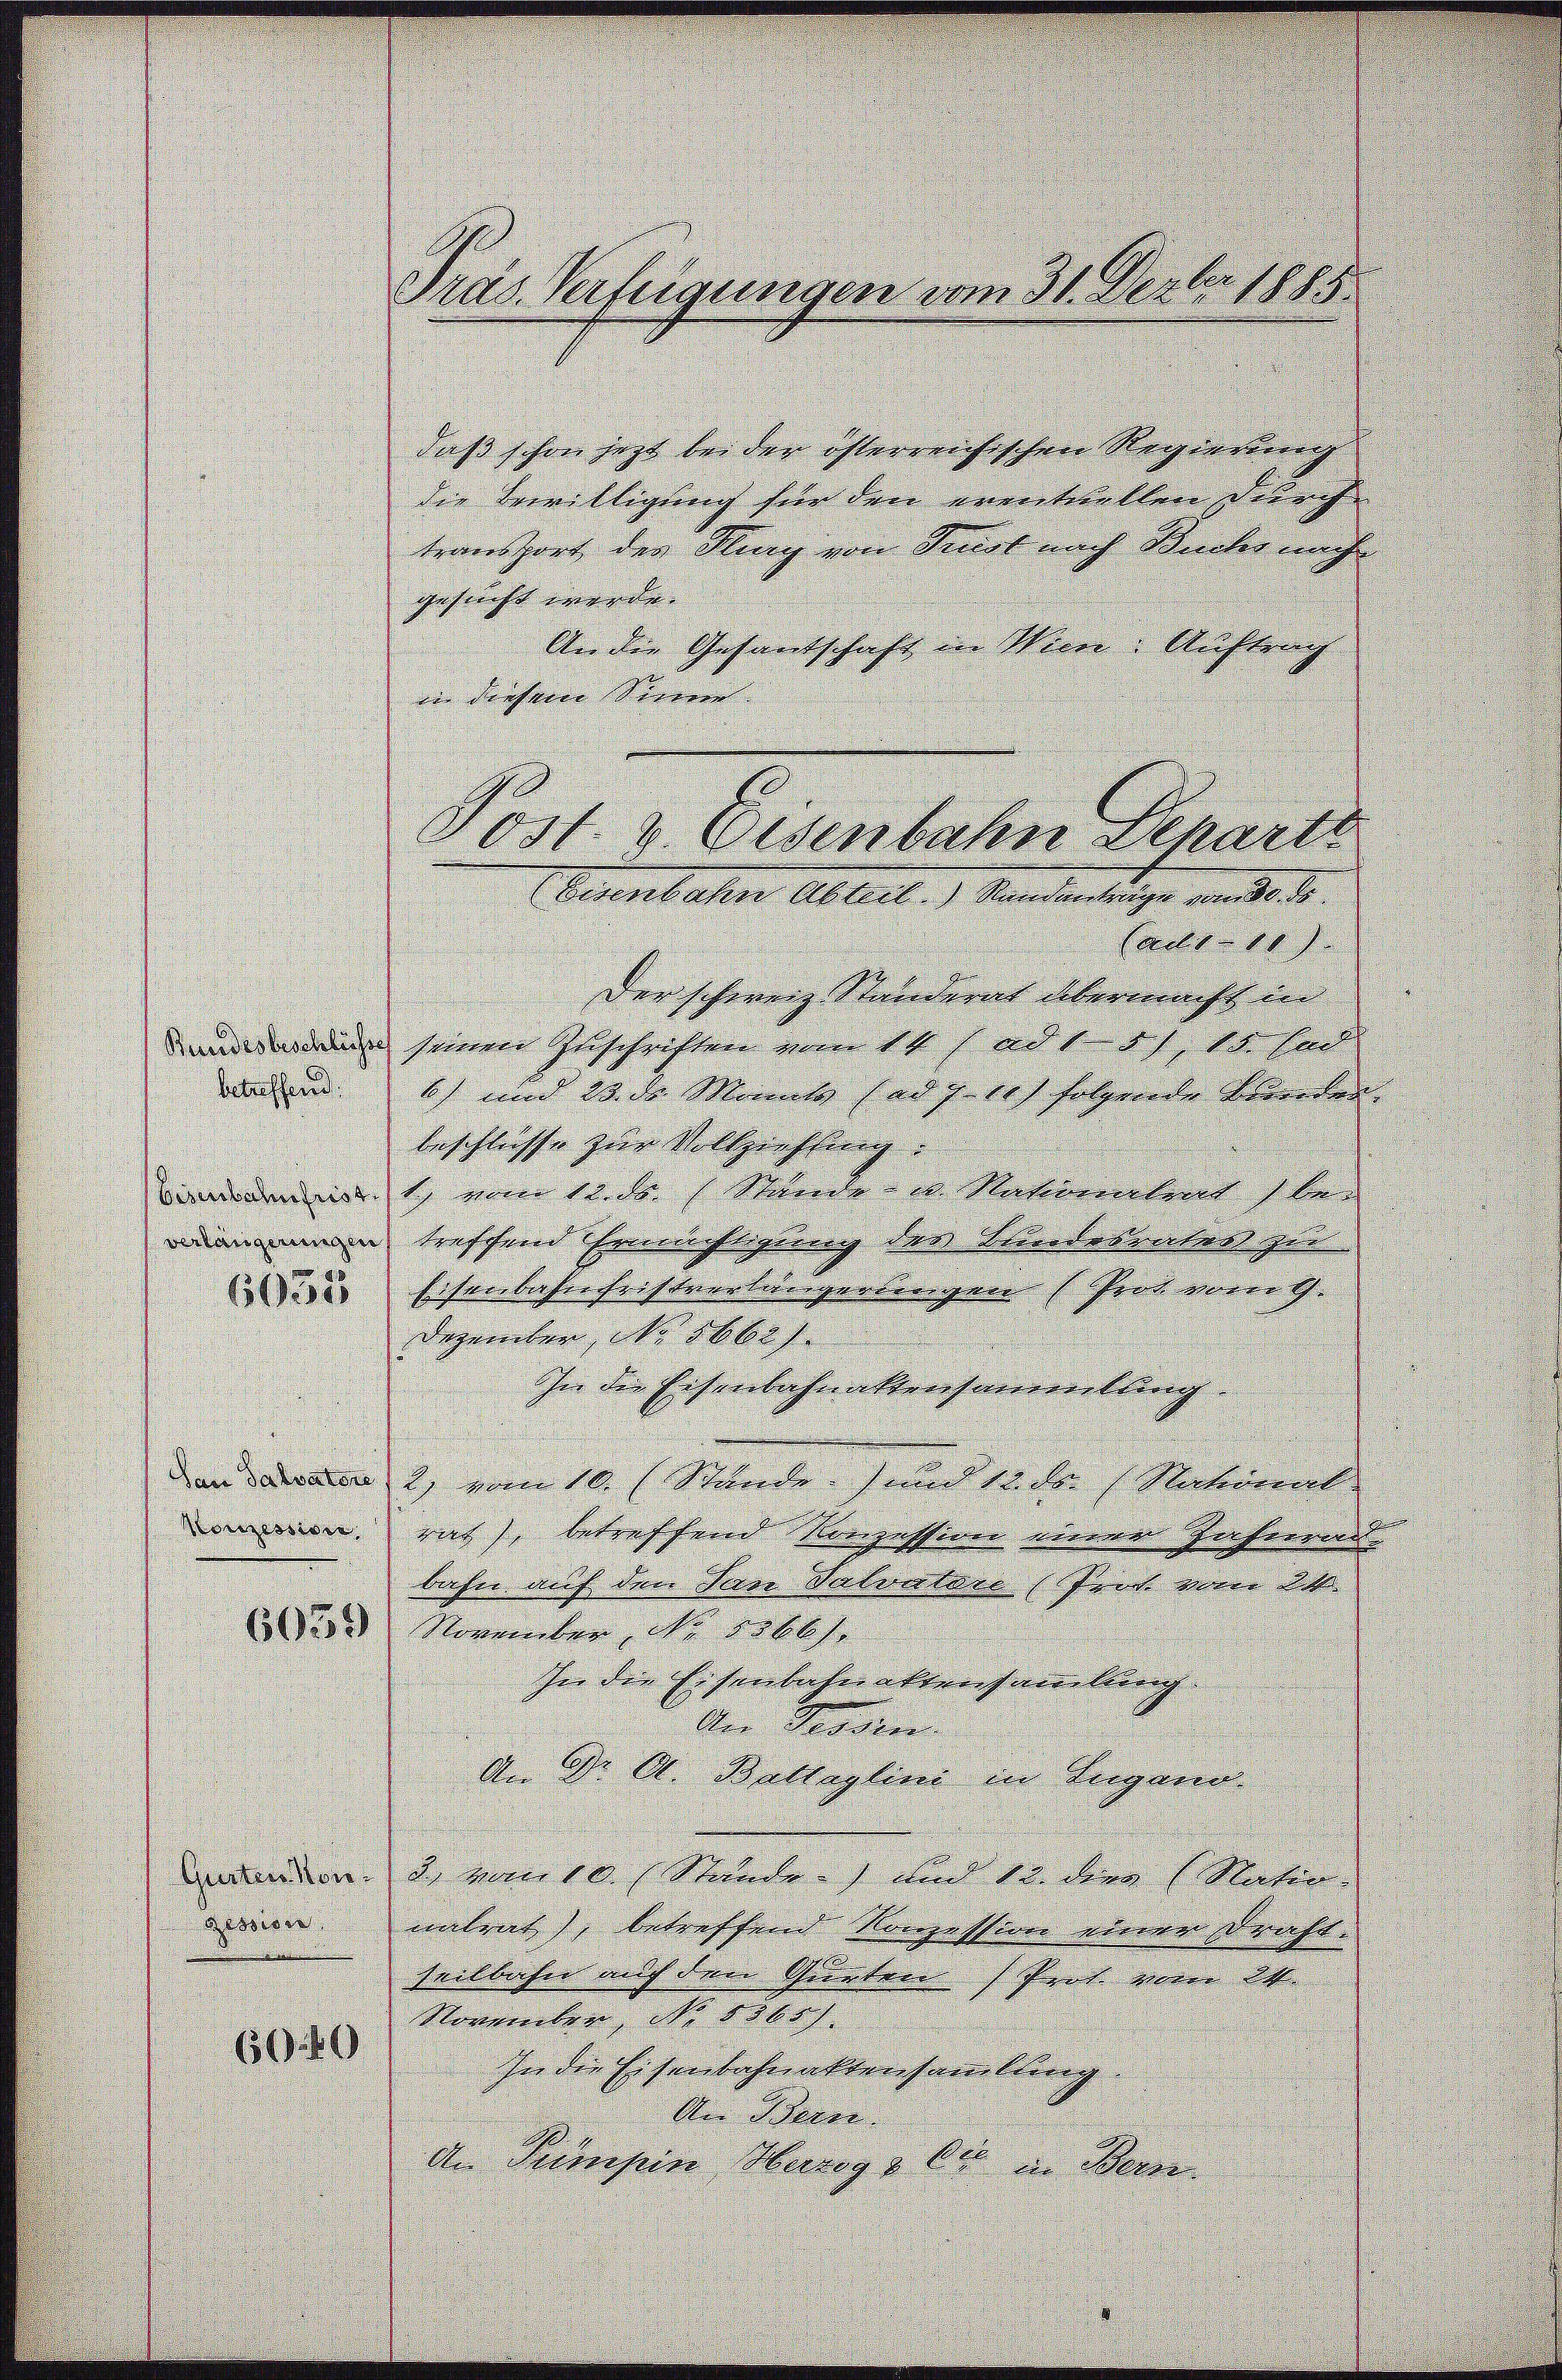
daß schon jezt bei der österreichischen Regierung
die Bewilligung für den unentuellen durch
transport der Hug von Frist nach Kudler nach
gesucht werde.
An die Gesandschaft in Wien. Auftrag
inn diesem Sinnern.
Eisenbahn Abteil.) Standantrage vom 30. Se
satellt
e
Der schweiz. Standerat übermacht in
n seinen Zuschriften von 10 f ad a, 1. hal
werden. 6) und 18 des Monnte ad f 10 folgende Sternden
beschlüsse zur Vollziehung.
.
d
Bidelis von der Manne in Nakieltend beanin treffend Ermächtigung der Bundesrates zur
d
.
dieser Eisenlicherchristvertungerbungen (Prot vorerth. |
Dezember, No 8660 f.
In die Eisenbahnaktersammlung
d
den Sanator 2 vom 16. Stände seine Sachen Rectorient
donnen nach, betreffend Konzession einen Jahrern
bahn auf den San Valantar (Prok vom 20.
853 November, No 1166 f.
In die Eisenbahn abtreisaeilung
Der Graden
An Dr A. Ballaglini in Lugano
enden in einer Stunde, um so der Natio
in untert, betreffend Konzession einer spracht.
heilbahn auch den Grentrer Prot von 24.
November, No 8000
6640
In die Eisenbahnaktensamlung
An Bere
An Pumsein Werrag, die in Bern

Fras Verfügungen vom 31. Dezbr 1815.

Eisenbahn Schart